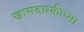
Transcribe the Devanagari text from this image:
खासदारकीच्या